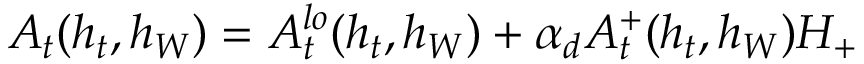
A _ { t } ( h _ { t } , h _ { W } ) = A _ { t } ^ { l o } ( h _ { t } , h _ { W } ) + \alpha _ { d } A _ { t } ^ { + } ( h _ { t } , h _ { W } ) H _ { + }